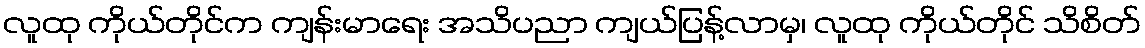
လူထု ကိုယ်တိုင်က ကျန်းမာရေး အသိပညာ ကျယ်ပြန့်လာမှ၊ လူထု ကိုယ်တိုင် သိစိတ်